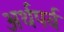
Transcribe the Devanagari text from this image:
अर्थपर्व